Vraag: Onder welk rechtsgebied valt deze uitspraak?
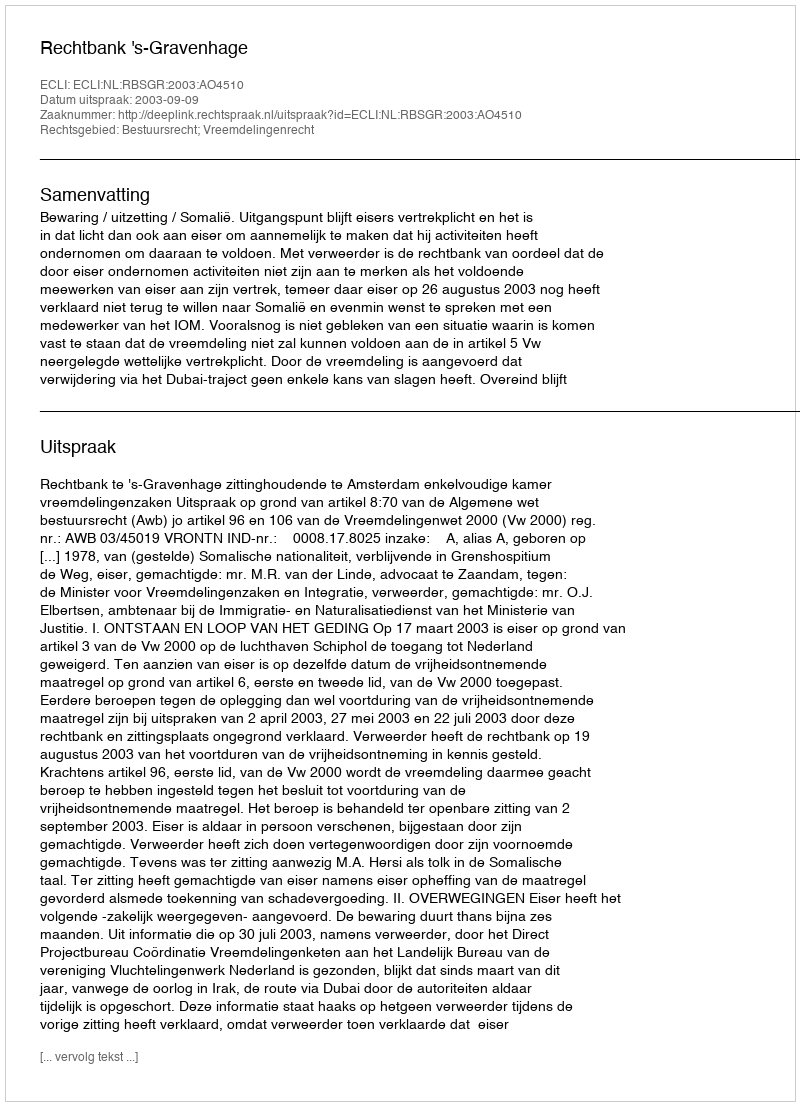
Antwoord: Bestuursrecht; Vreemdelingenrecht